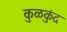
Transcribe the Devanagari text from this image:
कुळकुंद